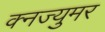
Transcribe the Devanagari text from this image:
क्नज्युमर